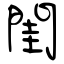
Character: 閨